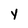
Character: y